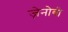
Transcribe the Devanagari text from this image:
ज़ेनोबी